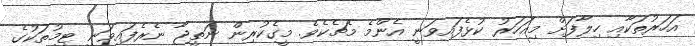
އަހަރުތަކާއި ހިލާފަށް މިއަހަރު ކުޅެފައިވަނީ އެންމެ މެޗެކެވެ. މީގެކުރިން ނަތީޖާ ނެރެފައިވަނީ ޓީމުތަކުގެ